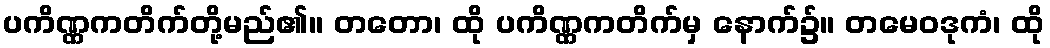
ပကိဏ္ဏကတိက်တို့မည်၏။ တတော၊ ထို ပကိဏ္ဏကတိက်မှ နောက်၌။ တမေဝဒုကံ၊ ထို